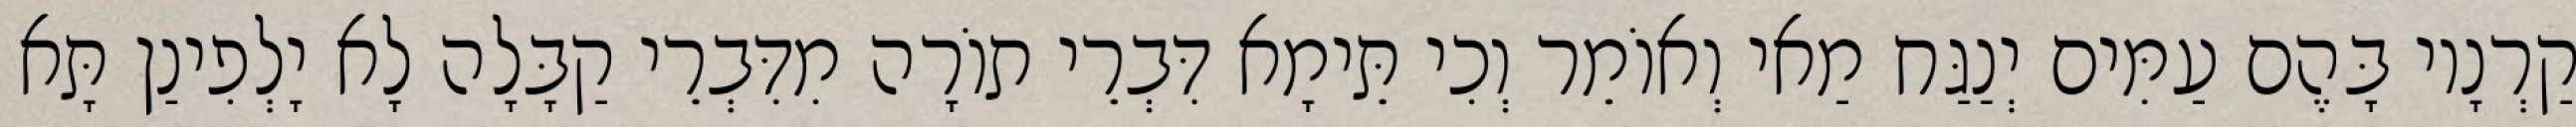
קַרְנָיו בָּהֶם עַמִּים יְנַגַּח מַאי וְאוֹמֵר וְכִי תֵּימָא דִּבְרֵי תוֹרָה מִדִּבְרֵי קַבָּלָה לָא יָלְפִינַן תָּא